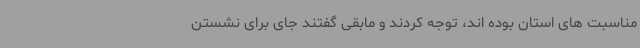
مناسبت های استان بوده اند، توجه کردند و مابقی گفتند جای برای نشستن